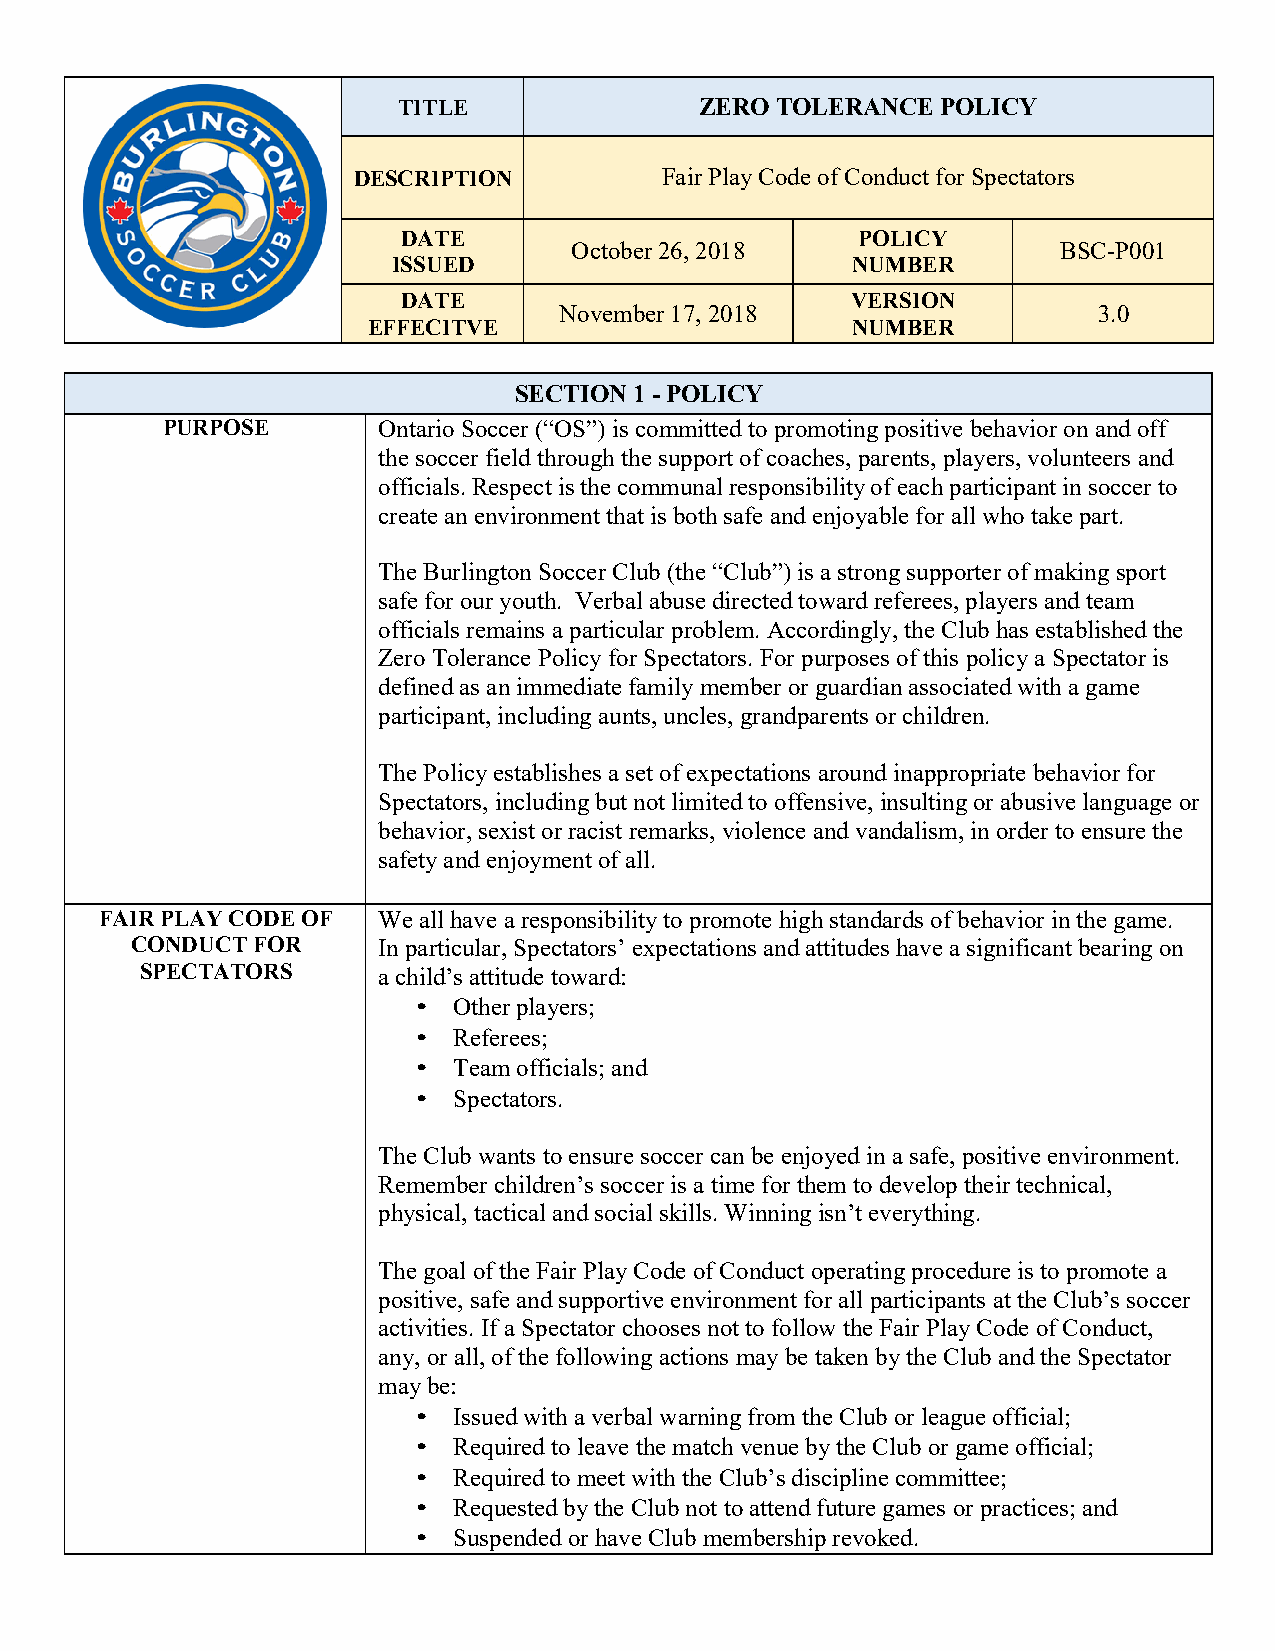
TITLE               ZERO TOLERANCE  POLICY
 DESCRIPTION          Fair Play Code of Conduct for Spectators
 DATE                          POLICY
 October 26, 2018                BSC-P001
 ISSUED                        NUMBER
 DATE                         VERSION
 November 17, 2018                   3.0
 EFFECITVE                       NUMBER
 SECTION 1 - POLICY
 PURPOSE       Ontario Soccer (“OS”) is committed to promoting positive behavior on and off
 the soccer field through the support of coaches, parents, players, volunteers and
 officials. Respect is the communal responsibility of each participant in soccer to
 create an environment that is both safe and enjoyable for all who take part.
 The Burlington Soccer Club (the “Club”) is a strong supporter of making sport
 safe for our youth. Verbal abuse directed toward referees, players and team
 officials remains a particular problem. Accordingly, the Club has established the
 Zero Tolerance Policy for Spectators. For purposes of this policy a Spectator is
 defined as an immediate family member or guardian associated with a game
 participant, including aunts, uncles, grandparents or children.
 The Policy establishes a set of expectations around inappropriate behavior for
 Spectators, including but not limited to offensive, insulting or abusive language or
 behavior, sexist or racist remarks, violence and vandalism, in order to ensure the
 safety and enjoyment of all.
 FAIR PLAY CODE OF We all have a responsibility to promote high standards of behavior in the game.
 CONDUCT FOR     In particular, Spectators’ expectations and attitudes have a significant bearing on
 SPECTATORS      a child’s attitude toward:
 • Other players;
 • Referees;
 • Team officials; and
 • Spectators.
 The Club wants to ensure soccer can be enjoyed in a safe, positive environment.
 Remember children’s soccer is a time for them to develop their technical,
 physical, tactical and social skills. Winning isn’t everything.
 The goal of the Fair Play Code of Conduct operating procedure is to promote a
 positive, safe and supportive environment for all participants at the Club’s soccer
 activities. If a Spectator chooses not to follow the Fair Play Code of Conduct,
 any, or all, of the following actions may be taken by the Club and the Spectator
 may be:
 • Issued with a verbal warning from the Club or league official;
 • Required to leave the match venue by the Club or game official;
 • Required to meet with the Club’s discipline committee;
 • Requested by the Club not to attend future games or practices; and
 • Suspended or have Club membership revoked.